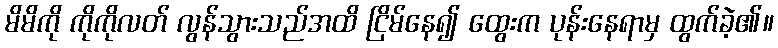
မိမိကို ကိုကိုလတ် လွန်သွားသည်အထိ ငြိမ်နေ၍ ထွေးက ပုန်းနေရာမှ ထွက်ခဲ့၏။